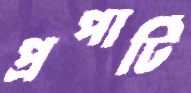
প্রপার্টি